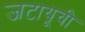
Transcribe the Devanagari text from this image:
जटायूची